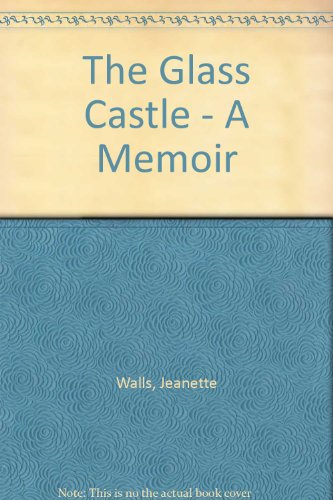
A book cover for The Glass Castle: A Memoir; Jeanette Walls; Biographies & Memoirs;